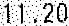
11.20